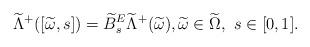
LaTeX: \begin{align*} \widetilde\Lambda^+([\widetilde\omega,s]) = \widetilde B^E_s \widetilde\Lambda^+(\widetilde\omega), \widetilde\omega \in \widetilde\Omega, \ s \in [0,1].\end{align*}